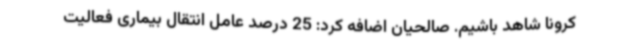
کرونا شاهد باشیم. صالحیان اضافه کرد: 25 درصد عامل انتقال بیماری فعالیت